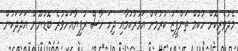
މެދުވެރިކޮށް ހުކުމް ތަންފީޒު ކުރުމަށް އަމުރުކުމާއި ދިހަ ހާސް ރުފިޔާއަށްވުރެ ބޮޑުނޫން އަދަދަކުން